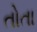
તોતા